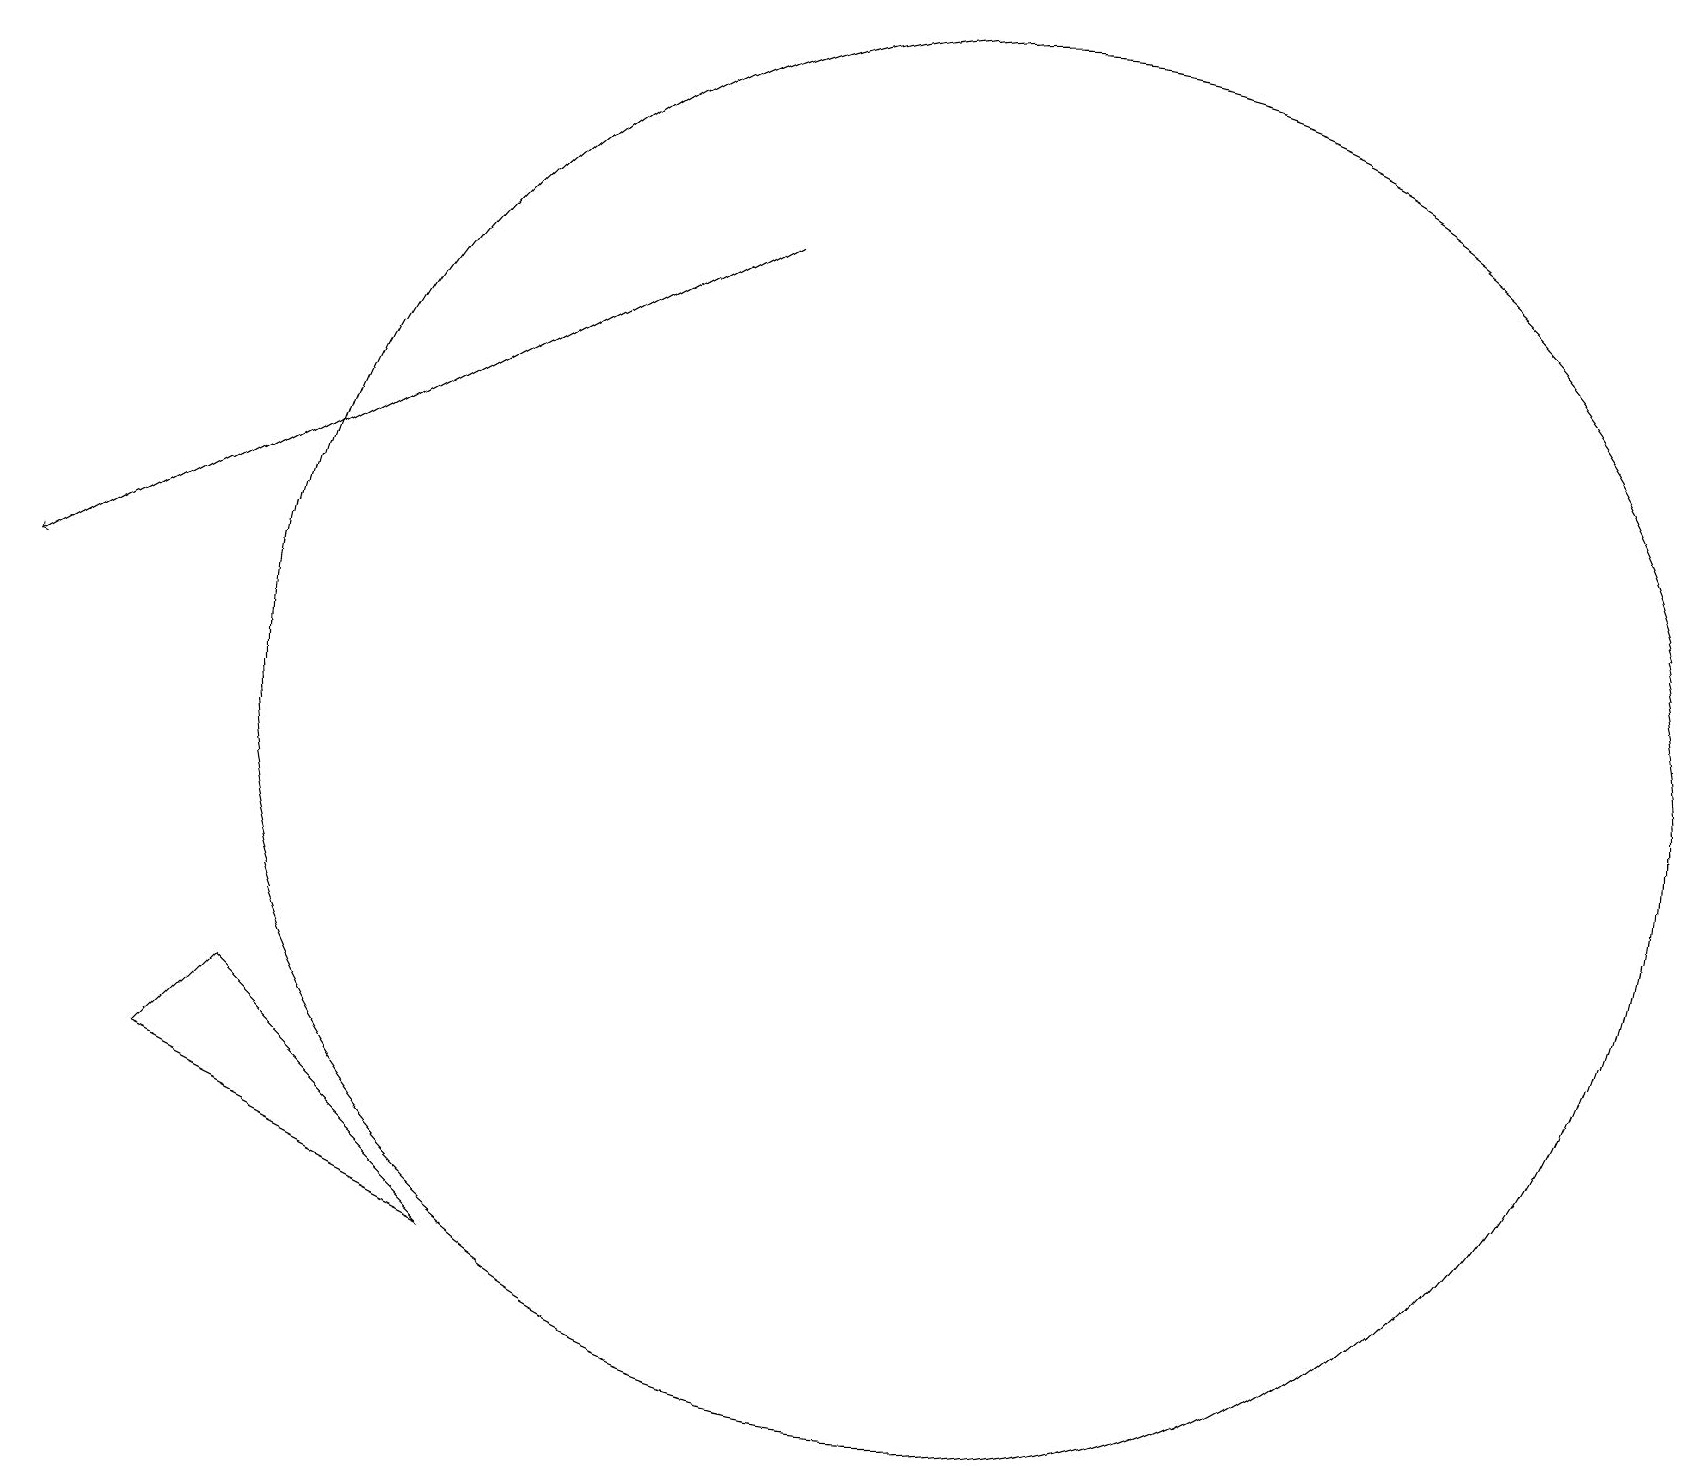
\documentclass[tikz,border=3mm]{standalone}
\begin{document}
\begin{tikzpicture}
\draw[->] (9,17) -- (0,12);
\draw (12,11) circle (9);
\draw (2,6) -- (6,4) -- (3,7) -- cycle;
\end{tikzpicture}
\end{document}